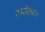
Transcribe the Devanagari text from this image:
ट्रांजेक्सन